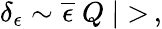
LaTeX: \delta_{\epsilon}\sim\overline{{{\epsilon}}}\ Q\ |>\, ,